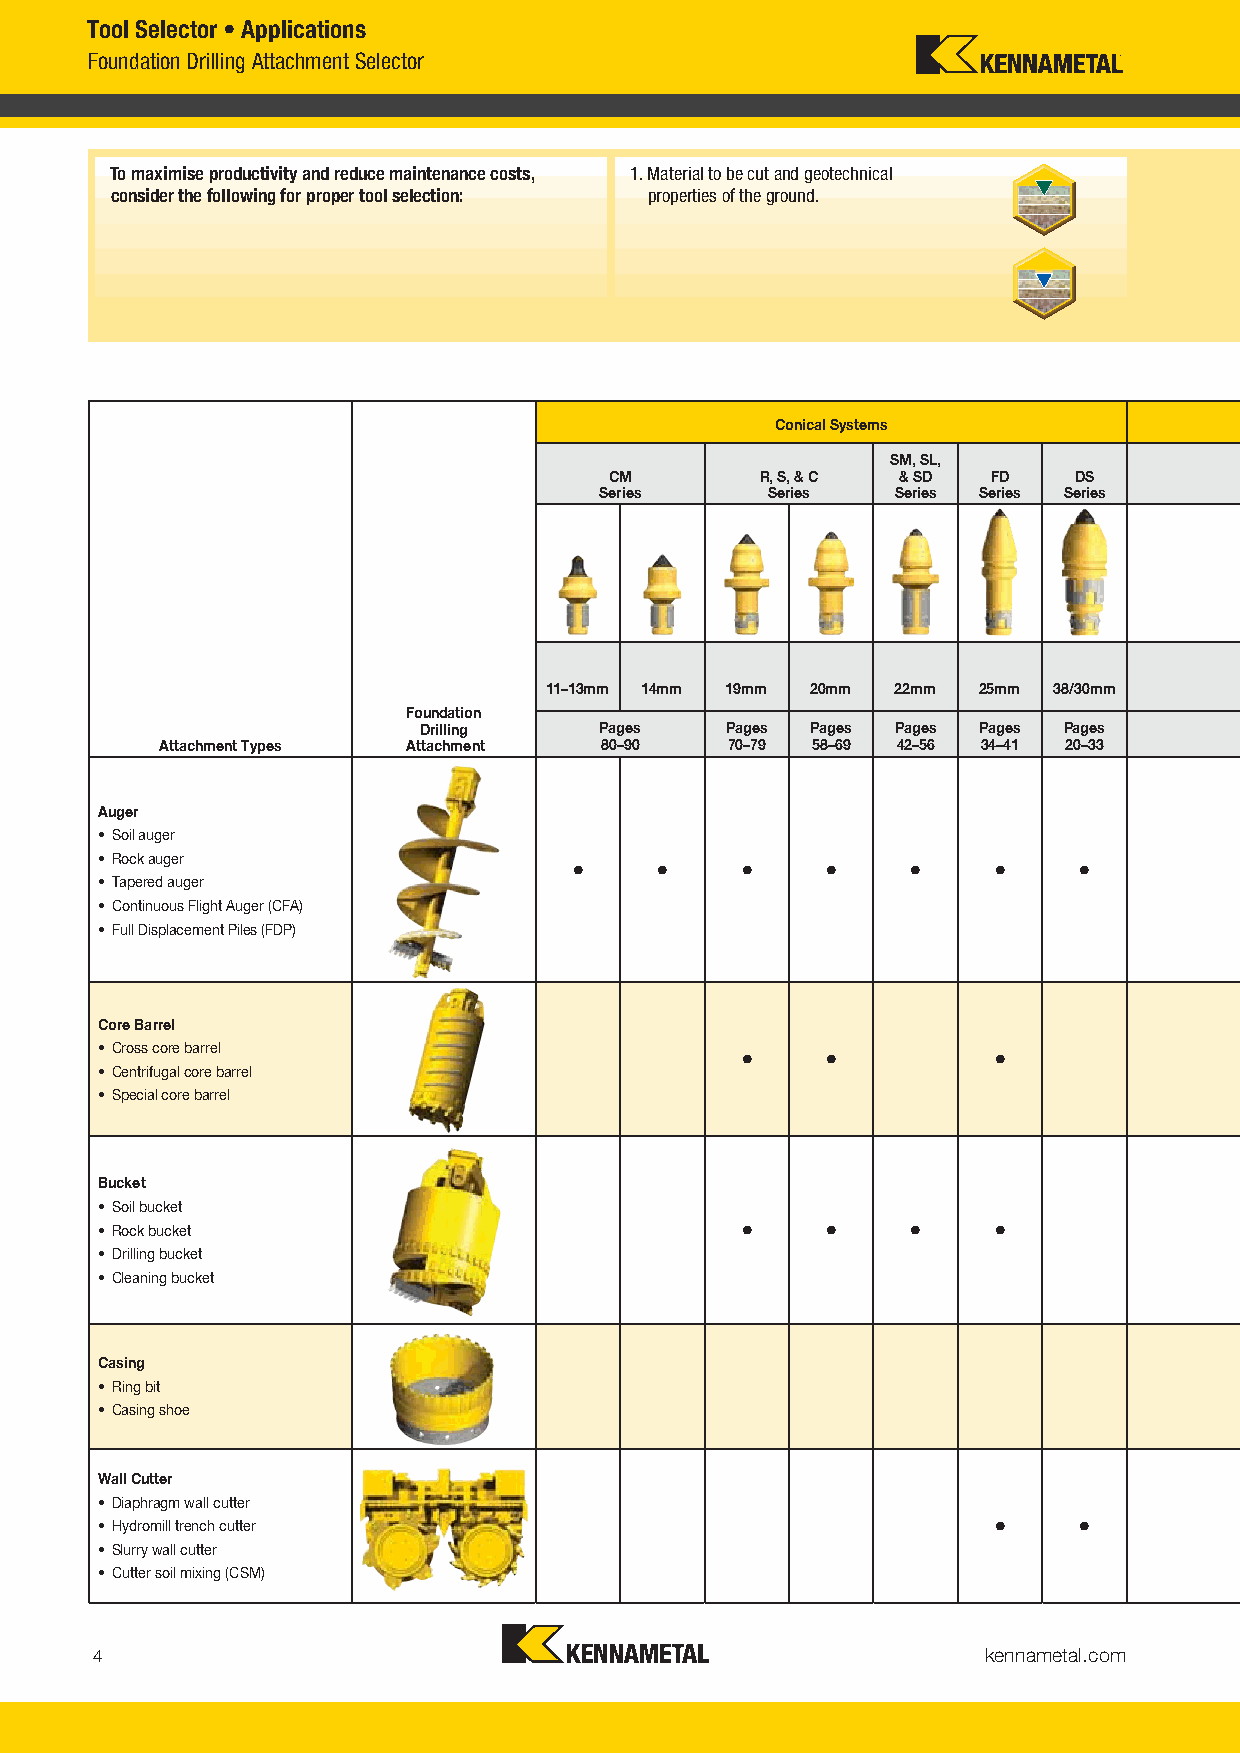
Tool Selector • Applications
 Foundation Drilling Attachment Selector
 To maximise productivity and reduce maintenance costs, 1. Material to be cut and geotechnical
 consider the following for proper tool selection: properties of the ground.
 Conical Systems
 SM, SL,
 CM        R, S, & C & SD  FD   DS
 Series     Series  Series Series Series
 11–13mm 14mm 19mm 20mm 22mm  25mm 38/30mm
 Foundation
 Drilling    Pages   Pages Pages Pages Pages Pages
 Attachment Types Attachment  80–90   70–79 58–69 42–56 34–41 20–33
 Auger
 • Soil auger
 • Rock auger
 •     •    •     •    •     •     •
 • Tapered auger
 • Continuous Flight Auger (CFA)
 • Full Displacement Piles (FDP)
 Core Barrel
 • Cross core barrel
 •     •          •
 • Centrifugal core barrel
 • Special core barrel
 Bucket
 • Soil bucket
 • Rock bucket                             •     •    •     •
 • Drilling bucket
 • Cleaning bucket
 Casing
 • Ring bit
 • Casing shoe
 Wall Cutter
 • Diaphragm wall cutter
 • Hydromill trench cutter                                  •     •
 • Slurry wall cutter
 • Cutter soil mixing (CSM)
 kennametal.com
 4
 KMT_FounLdation_DrillinVg_201i6_CataKloMg_T004F-005.idndd i 4 Dilli 2016 C l 004 005O b 6 20161104AM 10/13/16 3:15 PM